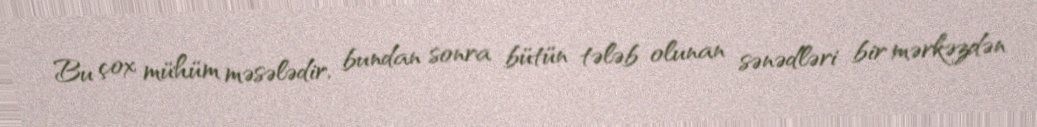
Bu çox mühüm məsələdir, bundan sonra bütün tələb olunan sənədləri bir mərkəzdən